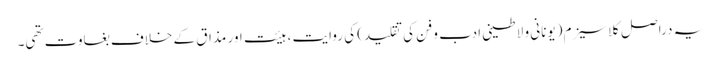
یہ دراصل کلاسیزم (یونانی و لاطینی ادب و فن کی تقلید) کی روایت ، ہیئت اور مذاق کے خلاف بغاوت تھی۔